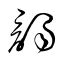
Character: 謁